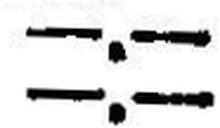
—.—